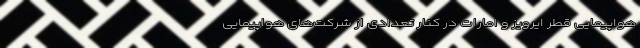
هواپیمایی قطر ایرویز و امارات در کنار تعدادی از شرکت‌های هواپیمایی